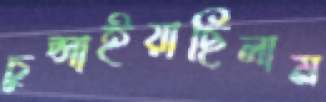
চুপ্‌সাইয়াছিলাম